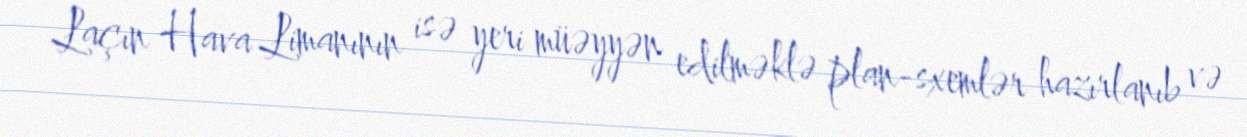
Laçın Hava Limanının isə yeri müəyyən edilməklə plan-sxemlər hazırlanıb və